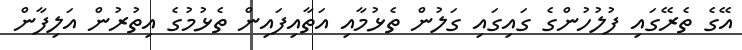
އޭގެ ތެރޭގައި ފުލުހުންގެ ގައިގައި ގަލުން ތެޅުމާއި އަތާއިފައިން ތެޅުމުގެ އިތުރުން އަލިފާން